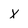
Character: X